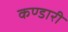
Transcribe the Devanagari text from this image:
कण्डारी